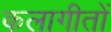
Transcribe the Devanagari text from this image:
कलागीतों